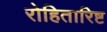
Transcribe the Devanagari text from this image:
रोहितारिष्ट